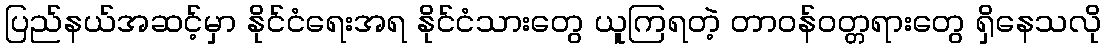
ပြည်နယ်အဆင့်မှာ နိုင်ငံရေးအရ နိုင်ငံသားတွေ ယူကြရတဲ့ တာဝန်ဝတ္တရားတွေ ရှိနေသလို